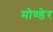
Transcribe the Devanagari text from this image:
मोण्डेर